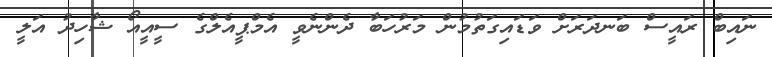
ނައިބް ރައީސް ބަނދަރަށް ވަޑައިގަތުމުން މަރުހަބާ ދެންނެވީ އެމްޕީއެލްގެ ސީއީއޯ ޝާހިދު އަލީ